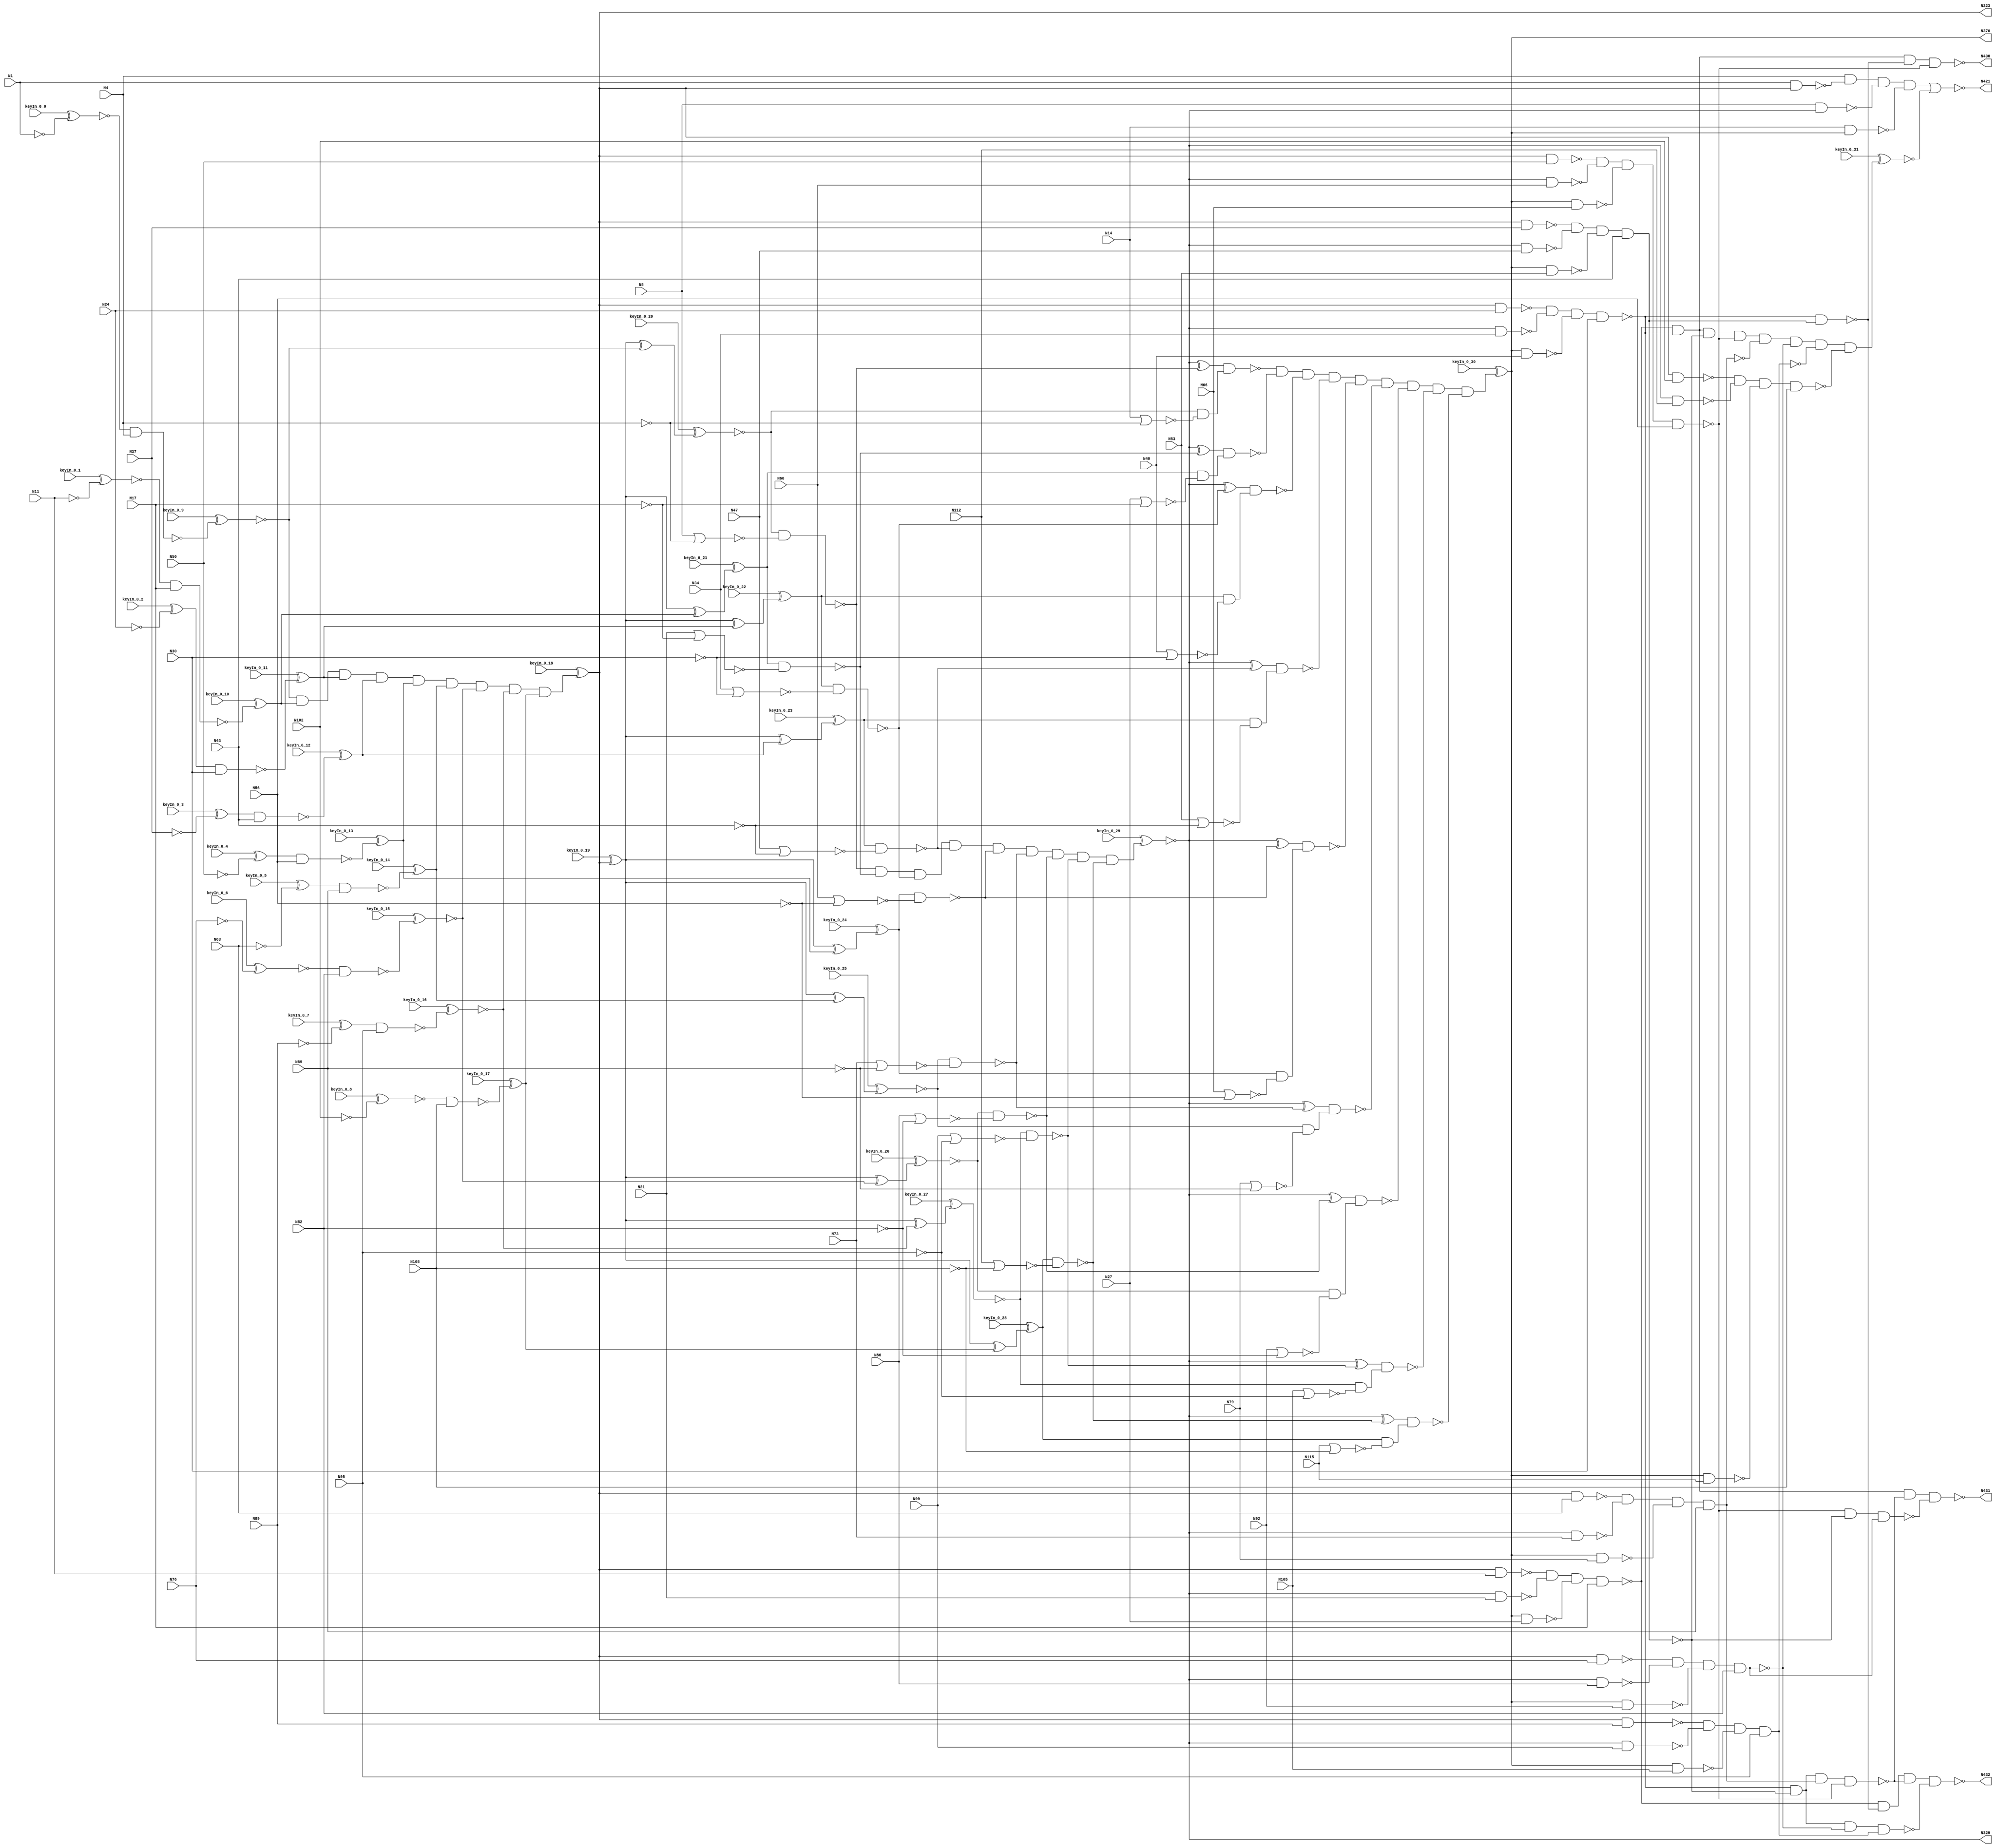
`timescale 1ns / 1ps
// Verilog
// c432
// Ninputs 36
// Noutputs 7
// NtotalGates 160
// NOT1 40
// NAND2 64
// NOR2 19
// AND9 3
// XOR2 18
// NAND4 14
// AND8 1
// NAND3 1

module top (N1,N4,N8,N11,N14,N17,N21,N24,N27,N30,
             N34,N37,N40,N43,N47,N50,N53,N56,N60,N63,
             N66,N69,N73,N76,N79,N82,N86,N89,N92,N95,
             N99,N102,N105,N108,N112,N115,N223,N329,N370,N421,
                  N430,N431,N432,
        keyIn_0_0, keyIn_0_1, keyIn_0_2, keyIn_0_3, keyIn_0_4,
        keyIn_0_5, keyIn_0_6, keyIn_0_7, keyIn_0_8, keyIn_0_9,
        keyIn_0_10, keyIn_0_11, keyIn_0_12, keyIn_0_13, keyIn_0_14,
        keyIn_0_15, keyIn_0_16, keyIn_0_17, keyIn_0_18, keyIn_0_19,
        keyIn_0_20, keyIn_0_21, keyIn_0_22, keyIn_0_23, keyIn_0_24,
        keyIn_0_25, keyIn_0_26, keyIn_0_27, keyIn_0_28, keyIn_0_29,
        keyIn_0_30, keyIn_0_31);

  input keyIn_0_0, keyIn_0_1, keyIn_0_2, keyIn_0_3, keyIn_0_4;
  input keyIn_0_5, keyIn_0_6, keyIn_0_7, keyIn_0_8, keyIn_0_9;
  input keyIn_0_10, keyIn_0_11, keyIn_0_12, keyIn_0_13, keyIn_0_14;
  input keyIn_0_15, keyIn_0_16, keyIn_0_17, keyIn_0_18, keyIn_0_19;
  input keyIn_0_20, keyIn_0_21, keyIn_0_22, keyIn_0_23, keyIn_0_24;
  input keyIn_0_25, keyIn_0_26, keyIn_0_27, keyIn_0_28, keyIn_0_29;
  input keyIn_0_30, keyIn_0_31;

  wire [0:31] KeyWire_0;
  wire [0:19] KeyNOTWire_0;

input N1,N4,N8,N11,N14,N17,N21,N24,N27,N30,
      N34,N37,N40,N43,N47,N50,N53,N56,N60,N63,
      N66,N69,N73,N76,N79,N82,N86,N89,N92,N95,
      N99,N102,N105,N108,N112,N115;

output N223,N329,N370,N421,N430,N431,N432;

wire N118,N119,N122,N123,N126,N127,N130,N131,N134,N135,
     N138,N139,N142,N143,N146,N147,N150,N151,N154,N157,
     N158,N159,N162,N165,N168,N171,N174,N177,N180,N183,
     N184,N185,N186,N187,N188,N189,N190,N191,N192,N193,
     N194,N195,N196,N197,N198,N199,N203,N213,N224,N227,
     N230,N233,N236,N239,N242,N243,N246,N247,N250,N251,
     N254,N255,N256,N257,N258,N259,N260,N263,N264,N267,
     N270,N273,N276,N279,N282,N285,N288,N289,N290,N291,
     N292,N293,N294,N295,N296,N300,N301,N302,N303,N304,
     N305,N306,N307,N308,N309,N319,N330,N331,N332,N333,
     N334,N335,N336,N337,N338,N339,N340,N341,N342,N343,
     N344,N345,N346,N347,N348,N349,N350,N351,N352,N353,
     N354,N355,N356,N357,N360,N371,N372,N373,N374,N375,
     N376,N377,N378,N379,N380,N381,N386,N393,N399,N404,
     N407,N411,N414,N415,N416,N417,N418,N419,N420,N422,
     N425,N428,N429;

  not NOT1_1 (KeyWire_0[0], N1);
  xnor KeyGate_0_0(N118, keyIn_0_0, KeyWire_0[0]);
not NOT1_2 (N119, N4);
  not NOT1_3 (KeyWire_0[1], N11);
  xnor KeyGate_0_1(N122, keyIn_0_1, KeyWire_0[1]);
not NOT1_4 (N123, N17);
  not NOT1_5 (KeyWire_0[2], N24);
  xnor KeyGate_0_2(KeyNOTWire_0[0], keyIn_0_2, KeyWire_0[2]);
  not KeyNOTGate_0_0(N126, KeyNOTWire_0[0]);
not NOT1_6 (N127, N30);
  not NOT1_7 (KeyWire_0[3], N37);
  xor KeyGate_0_3(N130, keyIn_0_3, KeyWire_0[3]);
not NOT1_8 (N131, N43);
  not NOT1_9 (KeyWire_0[4], N50);
  xor KeyGate_0_4(N134, keyIn_0_4, KeyWire_0[4]);
not NOT1_10 (N135, N56);
  not NOT1_11 (KeyWire_0[5], N63);
  xnor KeyGate_0_5(KeyNOTWire_0[1], keyIn_0_5, KeyWire_0[5]);
  not KeyNOTGate_0_1(N138, KeyNOTWire_0[1]);
not NOT1_12 (N139, N69);
  not NOT1_13 (KeyWire_0[6], N76);
  xor KeyGate_0_6(KeyNOTWire_0[2], keyIn_0_6, KeyWire_0[6]);
  not KeyNOTGate_0_2(N142, KeyNOTWire_0[2]);
not NOT1_14 (N143, N82);
  not NOT1_15 (KeyWire_0[7], N89);
  xor KeyGate_0_7(N146, keyIn_0_7, KeyWire_0[7]);
not NOT1_16 (N147, N95);
  not NOT1_17 (KeyWire_0[8], N102);
  xor KeyGate_0_8(KeyNOTWire_0[3], keyIn_0_8, KeyWire_0[8]);
  not KeyNOTGate_0_3(N150, KeyNOTWire_0[3]);
not NOT1_18 (N151, N108);
  nand NAND2_19 (KeyWire_0[9], N118, N4);
  xnor KeyGate_0_9(N154, keyIn_0_9, KeyWire_0[9]);
nor NOR2_20 (N157, N8, N119);
nor NOR2_21 (N158, N14, N119);
  nand NAND2_22 (KeyWire_0[10], N122, N17);
  xnor KeyGate_0_10(KeyNOTWire_0[4], keyIn_0_10, KeyWire_0[10]);
  not KeyNOTGate_0_4(N159, KeyNOTWire_0[4]);
  nand NAND2_23 (KeyWire_0[11], N126, N30);
  xnor KeyGate_0_11(KeyNOTWire_0[5], keyIn_0_11, KeyWire_0[11]);
  not KeyNOTGate_0_5(N162, KeyNOTWire_0[5]);
  nand NAND2_24 (KeyWire_0[12], N130, N43);
  xnor KeyGate_0_12(KeyNOTWire_0[6], keyIn_0_12, KeyWire_0[12]);
  not KeyNOTGate_0_6(N165, KeyNOTWire_0[6]);
  nand NAND2_25 (KeyWire_0[13], N134, N56);
  xnor KeyGate_0_13(KeyNOTWire_0[7], keyIn_0_13, KeyWire_0[13]);
  not KeyNOTGate_0_7(N168, KeyNOTWire_0[7]);
  nand NAND2_26 (KeyWire_0[14], N138, N69);
  xnor KeyGate_0_14(KeyNOTWire_0[8], keyIn_0_14, KeyWire_0[14]);
  not KeyNOTGate_0_8(N171, KeyNOTWire_0[8]);
  nand NAND2_27 (KeyWire_0[15], N142, N82);
  xor KeyGate_0_15(KeyNOTWire_0[9], keyIn_0_15, KeyWire_0[15]);
  not KeyNOTGate_0_9(N174, KeyNOTWire_0[9]);
  nand NAND2_28 (KeyWire_0[16], N146, N95);
  xnor KeyGate_0_16(N177, keyIn_0_16, KeyWire_0[16]);
  nand NAND2_29 (KeyWire_0[17], N150, N108);
  xor KeyGate_0_17(N180, keyIn_0_17, KeyWire_0[17]);
nor NOR2_30 (N183, N21, N123);
nor NOR2_31 (N184, N27, N123);
nor NOR2_32 (N185, N34, N127);
nor NOR2_33 (N186, N40, N127);
nor NOR2_34 (N187, N47, N131);
nor NOR2_35 (N188, N53, N131);
nor NOR2_36 (N189, N60, N135);
nor NOR2_37 (N190, N66, N135);
nor NOR2_38 (N191, N73, N139);
nor NOR2_39 (N192, N79, N139);
nor NOR2_40 (N193, N86, N143);
nor NOR2_41 (N194, N92, N143);
nor NOR2_42 (N195, N99, N147);
nor NOR2_43 (N196, N105, N147);
nor NOR2_44 (N197, N112, N151);
nor NOR2_45 (N198, N115, N151);
  and AND9_46 (KeyWire_0[18], N154, N159, N162, N165, N168, N171, N174, N177, N180);
  xor KeyGate_0_18(KeyNOTWire_0[10], keyIn_0_18, KeyWire_0[18]);
  not KeyNOTGate_0_10(N199, KeyNOTWire_0[10]);
  not NOT1_47 (KeyWire_0[19], N199);
  xor KeyGate_0_19(N203, keyIn_0_19, KeyWire_0[19]);
not NOT1_48 (N213, N199);
not NOT1_49 (N223, N199);
  xor XOR2_50 (KeyWire_0[20], N203, N154);
  xor KeyGate_0_20(KeyNOTWire_0[11], keyIn_0_20, KeyWire_0[20]);
  not KeyNOTGate_0_11(N224, KeyNOTWire_0[11]);
  xor XOR2_51 (KeyWire_0[21], N203, N159);
  xnor KeyGate_0_21(KeyNOTWire_0[12], keyIn_0_21, KeyWire_0[21]);
  not KeyNOTGate_0_12(N227, KeyNOTWire_0[12]);
  xor XOR2_52 (KeyWire_0[22], N203, N162);
  xnor KeyGate_0_22(KeyNOTWire_0[13], keyIn_0_22, KeyWire_0[22]);
  not KeyNOTGate_0_13(N230, KeyNOTWire_0[13]);
  xor XOR2_53 (KeyWire_0[23], N203, N165);
  xnor KeyGate_0_23(KeyNOTWire_0[14], keyIn_0_23, KeyWire_0[23]);
  not KeyNOTGate_0_14(N233, KeyNOTWire_0[14]);
  xor XOR2_54 (KeyWire_0[24], N203, N168);
  xnor KeyGate_0_24(KeyNOTWire_0[15], keyIn_0_24, KeyWire_0[24]);
  not KeyNOTGate_0_15(N236, KeyNOTWire_0[15]);
  xor XOR2_55 (KeyWire_0[25], N203, N171);
  xor KeyGate_0_25(KeyNOTWire_0[16], keyIn_0_25, KeyWire_0[25]);
  not KeyNOTGate_0_16(N239, KeyNOTWire_0[16]);
nand NAND2_56 (N242, N1, N213);
  xor XOR2_57 (KeyWire_0[26], N203, N174);
  xor KeyGate_0_26(KeyNOTWire_0[17], keyIn_0_26, KeyWire_0[26]);
  not KeyNOTGate_0_17(N243, KeyNOTWire_0[17]);
nand NAND2_58 (N246, N213, N11);
  xor XOR2_59 (KeyWire_0[27], N203, N177);
  xnor KeyGate_0_27(N247, keyIn_0_27, KeyWire_0[27]);
nand NAND2_60 (N250, N213, N24);
  xor XOR2_61 (KeyWire_0[28], N203, N180);
  xnor KeyGate_0_28(KeyNOTWire_0[18], keyIn_0_28, KeyWire_0[28]);
  not KeyNOTGate_0_18(N251, KeyNOTWire_0[18]);
nand NAND2_62 (N254, N213, N37);
nand NAND2_63 (N255, N213, N50);
nand NAND2_64 (N256, N213, N63);
nand NAND2_65 (N257, N213, N76);
nand NAND2_66 (N258, N213, N89);
nand NAND2_67 (N259, N213, N102);
nand NAND2_68 (N260, N224, N157);
nand NAND2_69 (N263, N224, N158);
nand NAND2_70 (N264, N227, N183);
nand NAND2_71 (N267, N230, N185);
nand NAND2_72 (N270, N233, N187);
nand NAND2_73 (N273, N236, N189);
nand NAND2_74 (N276, N239, N191);
nand NAND2_75 (N279, N243, N193);
nand NAND2_76 (N282, N247, N195);
nand NAND2_77 (N285, N251, N197);
nand NAND2_78 (N288, N227, N184);
nand NAND2_79 (N289, N230, N186);
nand NAND2_80 (N290, N233, N188);
nand NAND2_81 (N291, N236, N190);
nand NAND2_82 (N292, N239, N192);
nand NAND2_83 (N293, N243, N194);
nand NAND2_84 (N294, N247, N196);
nand NAND2_85 (N295, N251, N198);
  and AND9_86 (KeyWire_0[29], N260, N264, N267, N270, N273, N276, N279, N282, N285);
  xor KeyGate_0_29(N296, keyIn_0_29, KeyWire_0[29]);
not NOT1_87 (N300, N263);
not NOT1_88 (N301, N288);
not NOT1_89 (N302, N289);
not NOT1_90 (N303, N290);
not NOT1_91 (N304, N291);
not NOT1_92 (N305, N292);
not NOT1_93 (N306, N293);
not NOT1_94 (N307, N294);
not NOT1_95 (N308, N295);
not NOT1_96 (N309, N296);
not NOT1_97 (N319, N296);
not NOT1_98 (N329, N296);
xor XOR2_99 (N330, N309, N260);
xor XOR2_100 (N331, N309, N264);
xor XOR2_101 (N332, N309, N267);
xor XOR2_102 (N333, N309, N270);
nand NAND2_103 (N334, N8, N319);
xor XOR2_104 (N335, N309, N273);
nand NAND2_105 (N336, N319, N21);
xor XOR2_106 (N337, N309, N276);
nand NAND2_107 (N338, N319, N34);
xor XOR2_108 (N339, N309, N279);
nand NAND2_109 (N340, N319, N47);
xor XOR2_110 (N341, N309, N282);
nand NAND2_111 (N342, N319, N60);
xor XOR2_112 (N343, N309, N285);
nand NAND2_113 (N344, N319, N73);
nand NAND2_114 (N345, N319, N86);
nand NAND2_115 (N346, N319, N99);
nand NAND2_116 (N347, N319, N112);
nand NAND2_117 (N348, N330, N300);
nand NAND2_118 (N349, N331, N301);
nand NAND2_119 (N350, N332, N302);
nand NAND2_120 (N351, N333, N303);
nand NAND2_121 (N352, N335, N304);
nand NAND2_122 (N353, N337, N305);
nand NAND2_123 (N354, N339, N306);
nand NAND2_124 (N355, N341, N307);
nand NAND2_125 (N356, N343, N308);
  and AND9_126 (KeyWire_0[30], N348, N349, N350, N351, N352, N353, N354, N355, N356);
  xor KeyGate_0_30(KeyNOTWire_0[19], keyIn_0_30, KeyWire_0[30]);
  not KeyNOTGate_0_19(N357, KeyNOTWire_0[19]);
not NOT1_127 (N360, N357);
not NOT1_128 (N370, N357);
nand NAND2_129 (N371, N14, N360);
nand NAND2_130 (N372, N360, N27);
nand NAND2_131 (N373, N360, N40);
nand NAND2_132 (N374, N360, N53);
nand NAND2_133 (N375, N360, N66);
nand NAND2_134 (N376, N360, N79);
nand NAND2_135 (N377, N360, N92);
nand NAND2_136 (N378, N360, N105);
nand NAND2_137 (N379, N360, N115);
nand NAND4_138 (N380, N4, N242, N334, N371);
nand NAND4_139 (N381, N246, N336, N372, N17);
nand NAND4_140 (N386, N250, N338, N373, N30);
nand NAND4_141 (N393, N254, N340, N374, N43);
nand NAND4_142 (N399, N255, N342, N375, N56);
nand NAND4_143 (N404, N256, N344, N376, N69);
nand NAND4_144 (N407, N257, N345, N377, N82);
nand NAND4_145 (N411, N258, N346, N378, N95);
nand NAND4_146 (N414, N259, N347, N379, N108);
not NOT1_147 (N415, N380);
  and AND8_148 (KeyWire_0[31], N381, N386, N393, N399, N404, N407, N411, N414);
  xnor KeyGate_0_31(N416, keyIn_0_31, KeyWire_0[31]);
not NOT1_149 (N417, N393);
not NOT1_150 (N418, N404);
not NOT1_151 (N419, N407);
not NOT1_152 (N420, N411);
nor NOR2_153 (N421, N415, N416);
nand NAND2_154 (N422, N386, N417);
nand NAND4_155 (N425, N386, N393, N418, N399);
nand NAND3_156 (N428, N399, N393, N419);
nand NAND4_157 (N429, N386, N393, N407, N420);
nand NAND4_158 (N430, N381, N386, N422, N399);
nand NAND4_159 (N431, N381, N386, N425, N428);
nand NAND4_160 (N432, N381, N422, N425, N429);

endmodule